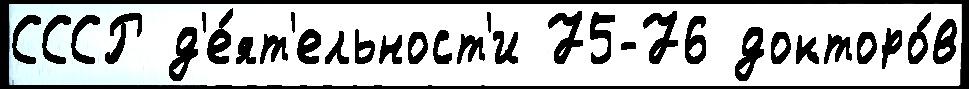
СССР д'е́ят'ельност'и 75-76 докторо́в